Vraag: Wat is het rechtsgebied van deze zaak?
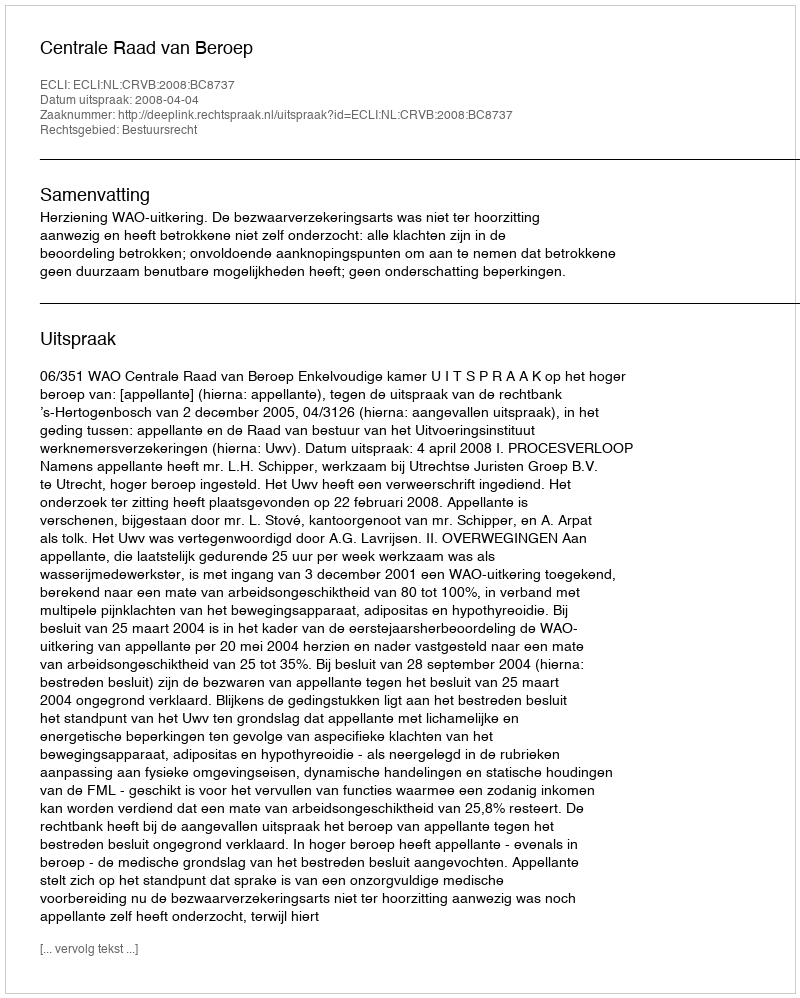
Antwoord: Bestuursrecht